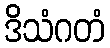
ဒိသံဂတံ